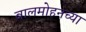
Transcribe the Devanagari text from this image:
बालमोहनच्या